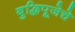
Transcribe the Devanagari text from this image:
बुद्धिपूजेचे